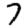
Digit: 7